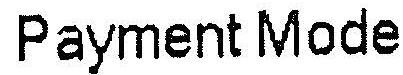
PAYMENT MODE